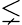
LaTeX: \lneq